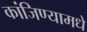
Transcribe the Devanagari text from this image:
कांजिण्यामधे